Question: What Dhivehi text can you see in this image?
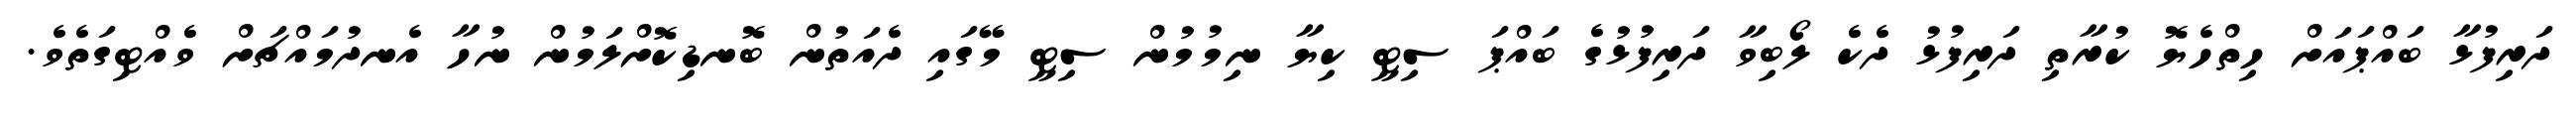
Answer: ދަރިފުޅާ ބައްޕައަށް ހިތްހެޔޮ ކުރާތި ދަރިފުޅު ދެކެ ލޯބިވާ ދަރިފުޅުގެ ބައްޕަ ސިޓީ ކިޔާ ނިމުމުން ސިޓީ މޭގައި ދެއަތުން ބޮނޑިކޮށްލަމުން ނުހާ އެނދުމައްޗަށް ވެއްޓިގަތެވެ.